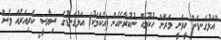
"އަޅުގަނޑަށް ހީވަނީ މަރަން ހުކުމެއް ނުކުރާނެހެން (އެކަމަކު) އަޅުގަނޑުގެ ސިޔާސީ ކެރިއަރެއް ވެސް